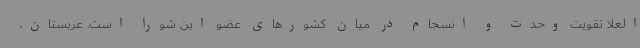
العلا تقویت وحدت و انسجام در میان کشورهای عضو این شورا است. عربستان،